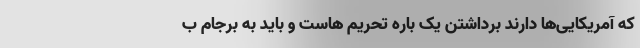
که آمریکایی‌ها دارند برداشتن یک باره تحریم هاست و باید به برجام ب